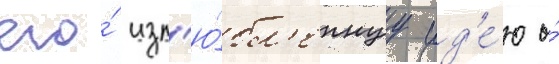
его́ изл'ю́бл'еннуу ид'е́ю о́